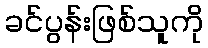
ခင်ပွန်းဖြစ်သူကို